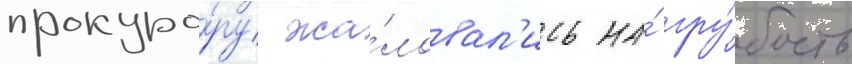
прокуро́ру жа́ловал'ись на́ гру́бость